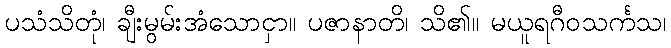
ပသံသိတုံ၊ ချီးမွမ်းအံသောငှာ။ ပဇာနာတိ၊ သိ၏။ မယူရဂီဝသင်္ကသ၊